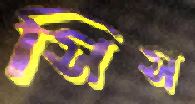
সিস